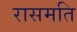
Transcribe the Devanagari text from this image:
रासमति